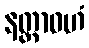
နတ္ထာဝဟံ